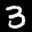
Label: 3